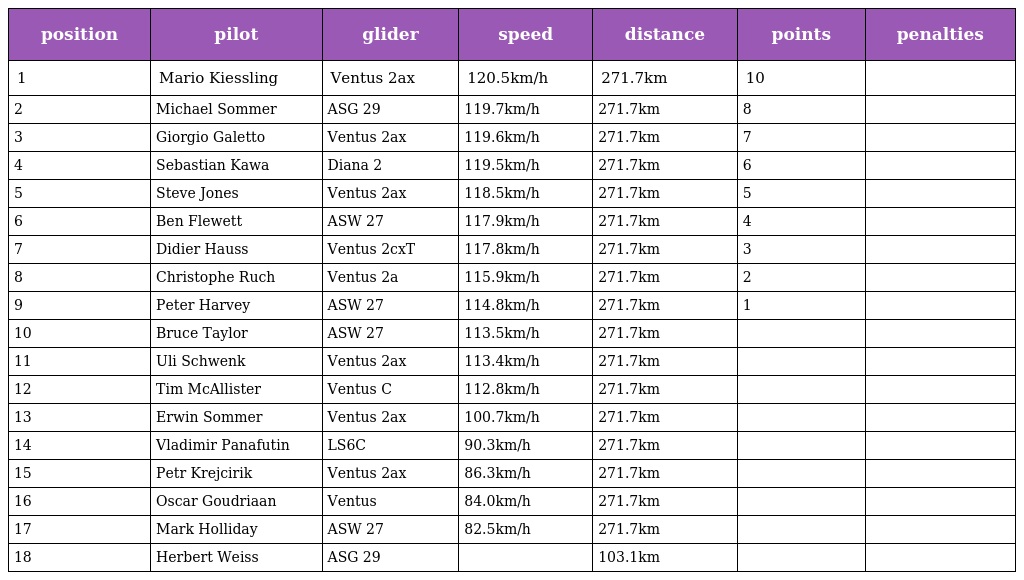
| position | pilot | glider | speed | distance | points | penalties |
 | --- | --- | --- | --- | --- | --- | --- |
 | 1 | Mario Kiessling | Ventus 2ax | 120.5km/h | 271.7km | 10 |  |
 | 2 | Michael Sommer | ASG 29 | 119.7km/h | 271.7km | 8 |  |
 | 3 | Giorgio Galetto | Ventus 2ax | 119.6km/h | 271.7km | 7 |  |
 | 4 | Sebastian Kawa | Diana 2 | 119.5km/h | 271.7km | 6 |  |
 | 5 | Steve Jones | Ventus 2ax | 118.5km/h | 271.7km | 5 |  |
 | 6 | Ben Flewett | ASW 27 | 117.9km/h | 271.7km | 4 |  |
 | 7 | Didier Hauss | Ventus 2cxT | 117.8km/h | 271.7km | 3 |  |
 | 8 | Christophe Ruch | Ventus 2a | 115.9km/h | 271.7km | 2 |  |
 | 9 | Peter Harvey | ASW 27 | 114.8km/h | 271.7km | 1 |  |
 | 10 | Bruce Taylor | ASW 27 | 113.5km/h | 271.7km |  |  |
 | 11 | Uli Schwenk | Ventus 2ax | 113.4km/h | 271.7km |  |  |
 | 12 | Tim McAllister | Ventus C | 112.8km/h | 271.7km |  |  |
 | 13 | Erwin Sommer | Ventus 2ax | 100.7km/h | 271.7km |  |  |
 | 14 | Vladimir Panafutin | LS6C | 90.3km/h | 271.7km |  |  |
 | 15 | Petr Krejcirik | Ventus 2ax | 86.3km/h | 271.7km |  |  |
 | 16 | Oscar Goudriaan | Ventus | 84.0km/h | 271.7km |  |  |
 | 17 | Mark Holliday | ASW 27 | 82.5km/h | 271.7km |  |  |
 | 18 | Herbert Weiss | ASG 29 |  | 103.1km |  |  |